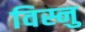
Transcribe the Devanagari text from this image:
विस्नु